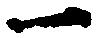
一